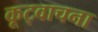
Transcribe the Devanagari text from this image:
कूट्वाचना